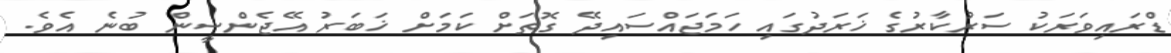
ޑްރައިވަރަކު ސަރުކާރުގެ ޚަރަދުގައި ހަމަޖައްސައިދޭ ގޮތަށް ކަމަށް ޚަބަރު އޭޖެންސީން ބުނެ އެވެ.